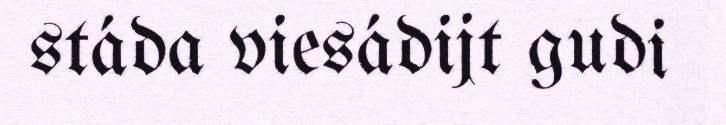
stáda viesádijt gudi